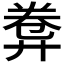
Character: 𢍕